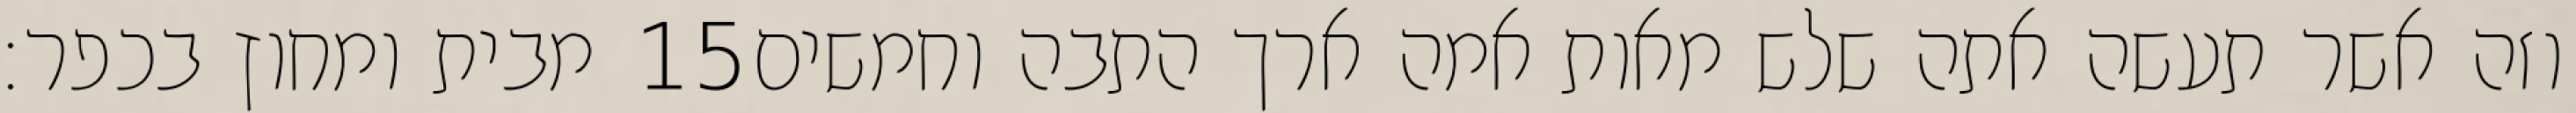
מבית ומחוץ בכפר׃ ‎15‏ וזה אשר תעשה אתה שלש מאות אמה ארך התבה וחמשים